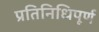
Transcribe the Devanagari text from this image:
प्रतिनिधिपूर्ण